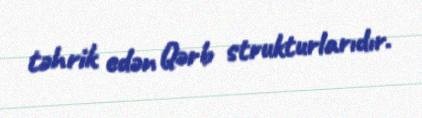
təhrik edən Qərb strukturlarıdır.